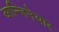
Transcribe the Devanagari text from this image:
आन्जिनेयार